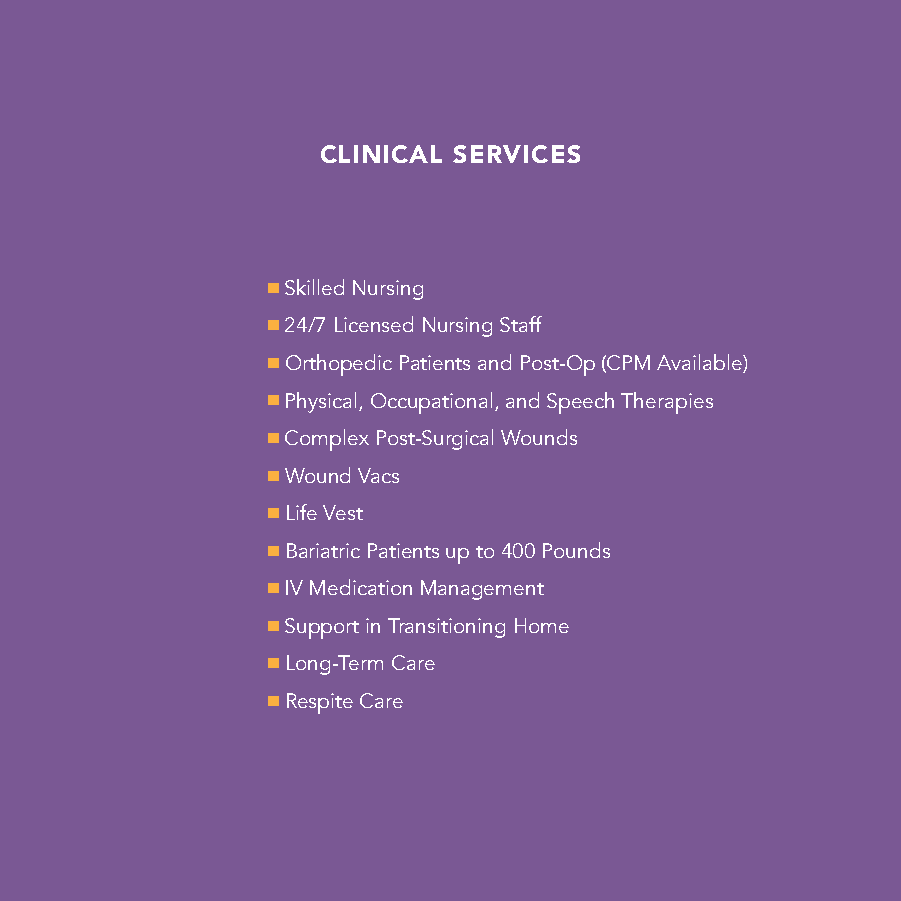
CLINICAL SERVICES
 n Skilled Nursing
 n 24/7 Licensed Nursing Staff
 n Orthopedic Patients and Post-Op (CPM Available)
 n Physical, Occupational, and Speech Therapies
 n Complex Post-Surgical Wounds
 n Wound Vacs
 n Life Vest
 n Bariatric Patients up to 400 Pounds
 n IV Medication Management
 n Support in Transitioning Home
 n Long-Term Care
 n Respite Care